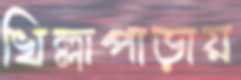
খিল্লাপাড়ায়